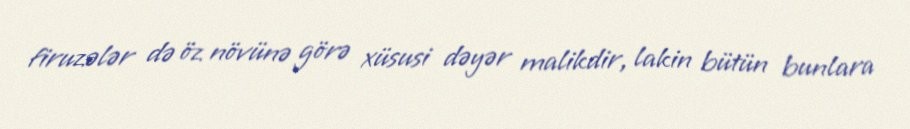
firuzələr də öz növünə görə xüsusi dəyər malikdir, lakin bütün bunlara